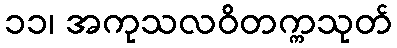
၁၁၊ အကုသလဝိတက္ကသုတ်